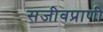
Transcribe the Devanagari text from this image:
सजीवप्राणी